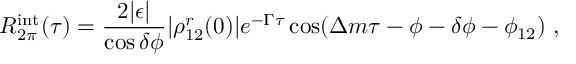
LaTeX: R _ { 2 \pi } ^ { \mathrm { i n t } } ( \tau ) = { \frac { 2 | \epsilon | } { \cos \delta \phi } } | \rho _ { 1 2 } ^ { r } ( 0 ) | e ^ { - \Gamma \tau } \cos ( \Delta m \tau - \phi - \delta \phi - \phi _ { 1 2 } ) \ ,